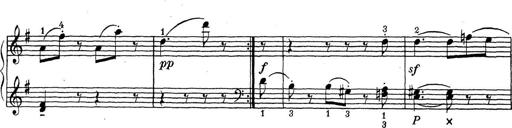
Title: ÄŒeskÃ© Sonatiny
Composer: Various